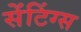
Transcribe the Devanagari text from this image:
सेंटिंग्स